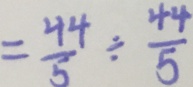
= \frac { 4 4 } { 5 } \div \frac { 4 4 } { 5 }